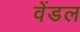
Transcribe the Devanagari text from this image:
वेंडल